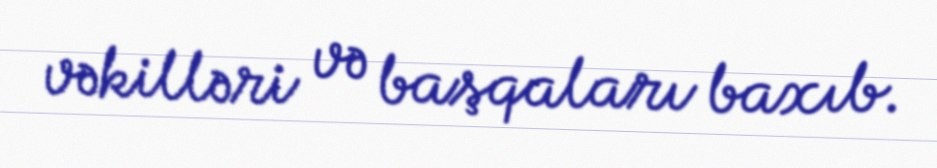
vəkilləri və başqaları baxıb.